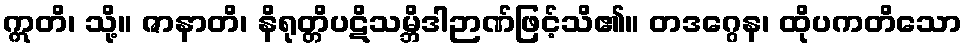
ဣတိ၊ သို့။ ဇာနာတိ၊ နိရုတ္တိပဋိသမ္ဘိဒါဉာဏ်ဖြင့်သိ၏။ တဒဂ္ဂေန၊ ထိုပကတိသော